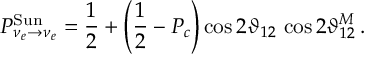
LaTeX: P _ { \nu _ { e } \to \nu _ { e } } ^ { \mathrm { S u n } } = \frac { 1 } { 2 } + \left( \frac { 1 } { 2 } - P _ { c } \right) \cos { 2 \vartheta _ { 1 2 } } \, \cos { 2 \vartheta _ { 1 2 } ^ { M } } \, .